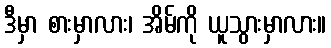
ဒီမှာ စားမှာလား၊ အိမ်ကို ယူသွားမှာလား။